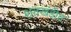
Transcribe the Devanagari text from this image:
शतखंडीत